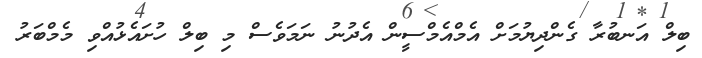
ބިލް އަނބުރާ ގެންދިޔުމަށް އެމްއެމްސީން އެދުނު ނަމަވެސް މި ބިލް ހުށައެޅުއްވި މެމްބަރު